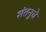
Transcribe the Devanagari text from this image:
शंतनूचे